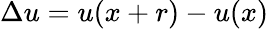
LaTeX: \Delta u=u(x+r)-u(x)